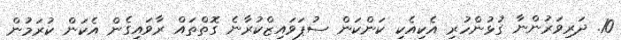
10. ދަރިވަރުންނާ ގުޅުންހުރި އެކިއެކި ކަންކަން ސުޕަވައިޒްކުރާނެ ގޮތްތައް ރާވައިގެން އެކަން ކުރަމުން